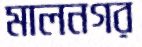
মালনগর